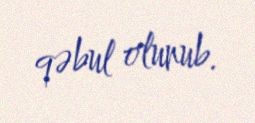
qəbul olunub.